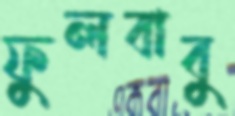
ফুলবাবু